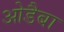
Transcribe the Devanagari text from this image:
ओडैबा